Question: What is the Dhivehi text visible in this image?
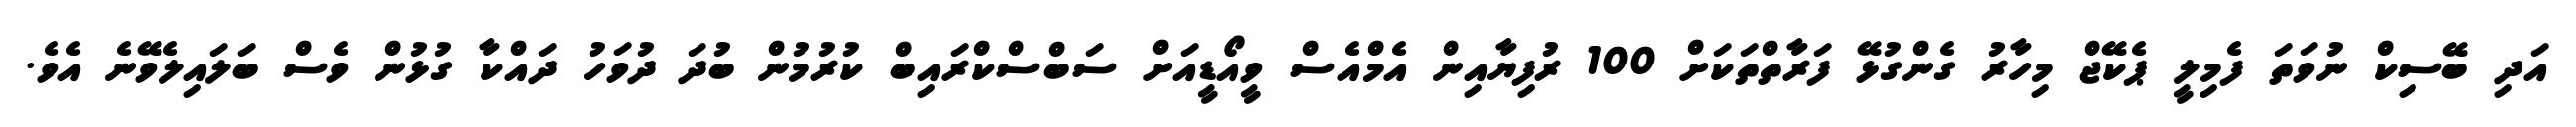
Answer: އަދި ބޭސިކް ނުވަތަ ފެމިލީ ޕެކޭޖް މިހާރު ގެންގުޅޭ ފަރާތްތަކަށް 100 ރުފިޔާއިން އެމްއެސް ވީއޯޑީއަށް ސަބްސްކްރައިބް ކުރުމުން ބުދަ ދުވަހު ދައްކާ ގުޅުން ވެސް ބަލައިލެވޭނެ އެވެ.